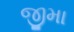
જીમા